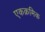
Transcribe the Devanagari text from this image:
एकक्रमिक